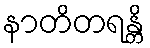
နာတိတရန္တိ